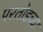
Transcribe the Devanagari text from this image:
परतोडच्या